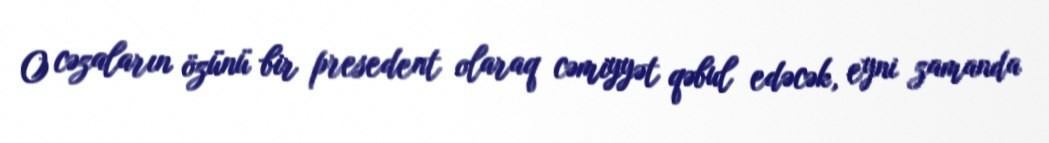
O cəzaların özünü bir presedent olaraq cəmiyyət qəbul edəcək, eyni zamanda